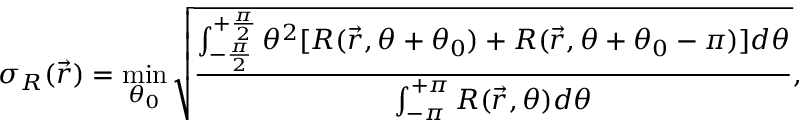
\sigma _ { R } ( \vec { r } ) = \operatorname* { m i n } _ { \theta _ { 0 } } \sqrt { \frac { \int _ { - \frac { \pi } { 2 } } ^ { + \frac { \pi } { 2 } } \theta ^ { 2 } [ R ( \vec { r } , \theta + \theta _ { 0 } ) + R ( \vec { r } , \theta + \theta _ { 0 } - \pi ) ] d \theta } { \int _ { - \pi } ^ { + \pi } R ( \vec { r } , \theta ) d \theta } } ,